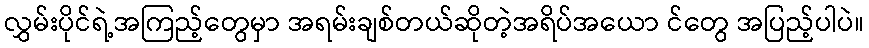
လွှမ်းပိုင်ရဲ့အကြည့်တွေမှာ အရမ်းချစ်တယ်ဆိုတဲ့အရိပ်အယော င်တွေ အပြည့်ပါပဲ။